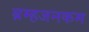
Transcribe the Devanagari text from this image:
ब्रम्हजनकम